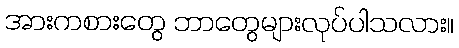
အားကစားတွေ ဘာတွေများလုပ်ပါသလား။